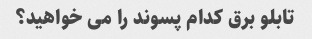
تابلو برق کدام پسوند را می خواهید؟